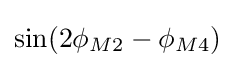
{\textstyle \sin(2\phi _{M2}-\phi _{M4})}